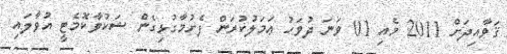
ޤަވާއިދަށް 2011 މެއި 01 ވަނަ ދުވަހު ޢަމަލުކުރަން ފެށުމާގުޅިގެން ޝަކުވާކޮމެޓީ އުވާލައި